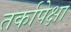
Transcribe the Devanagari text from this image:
तर्कापेक्षा